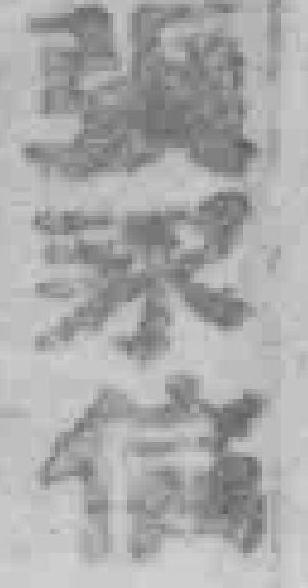
張永信